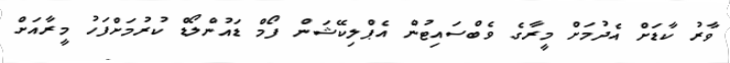
ވާރު ކާޑަށް އެދުމަށް މީރާގެ ވެބްސައިޓުން އެޕްލިކޭޝަން ފޯމް ޑައުންލޯޑް ކުރުމަށްފަހު މީރާއަށް